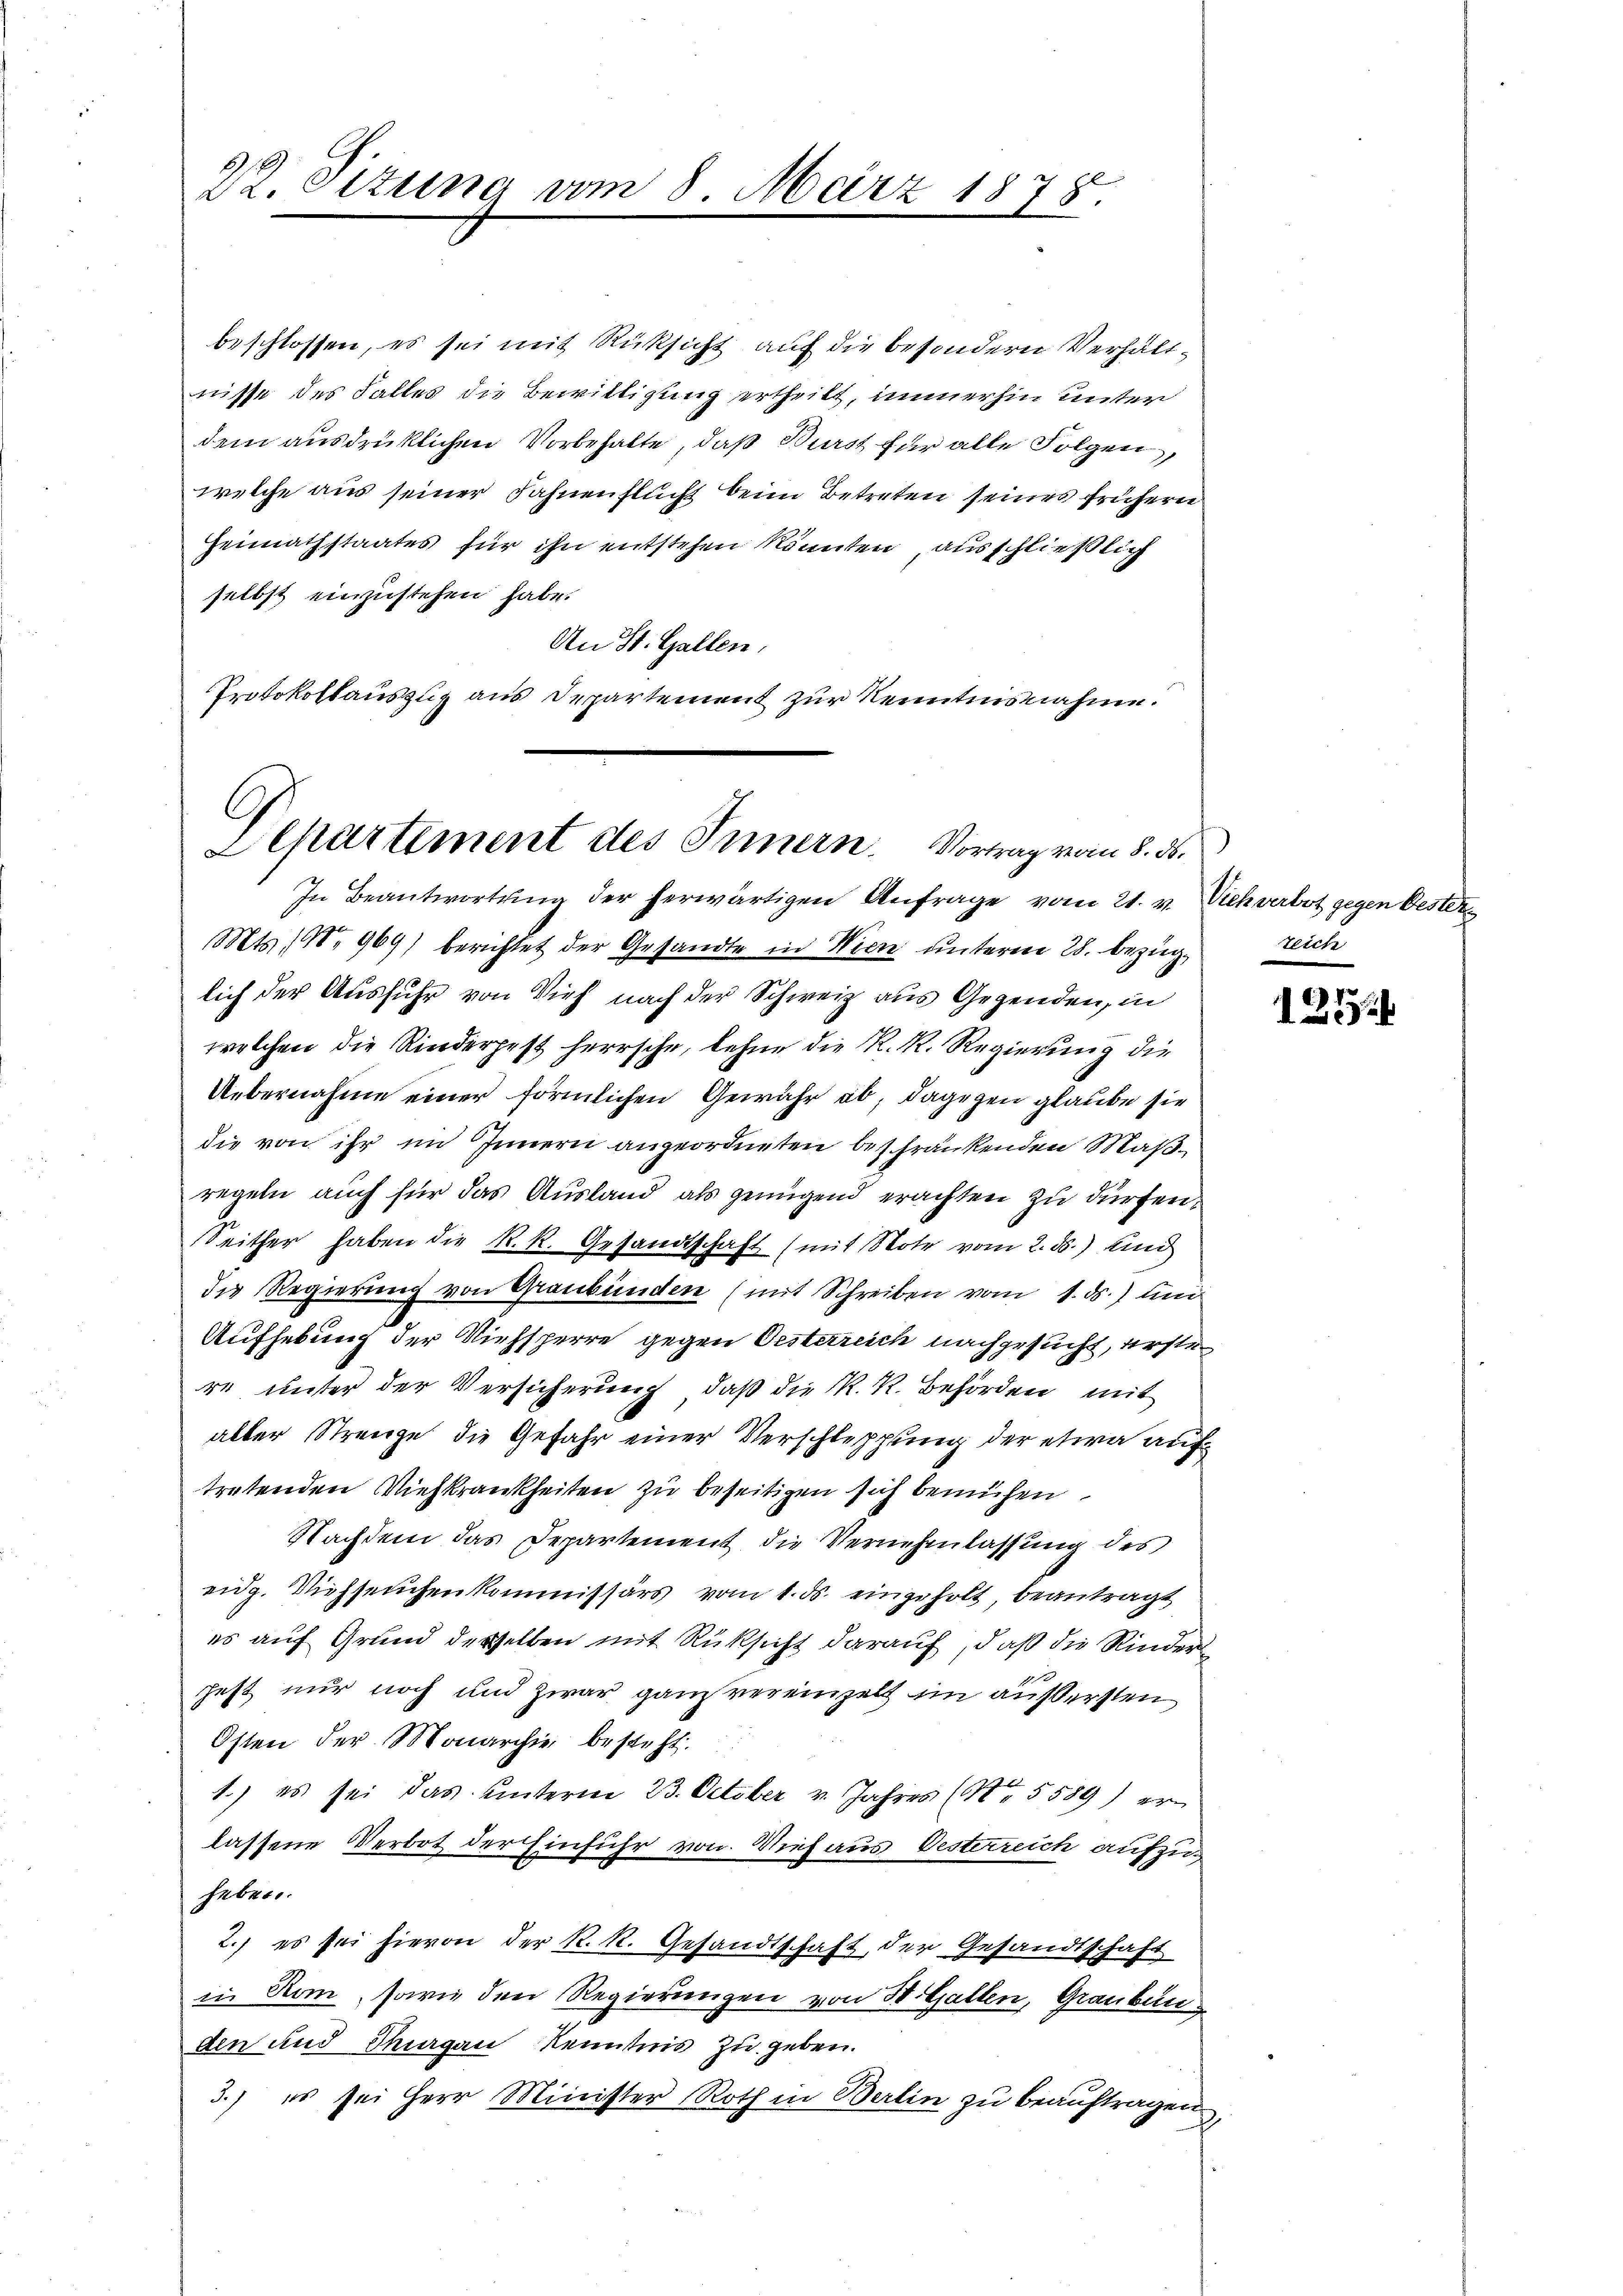
22. Sizung am 8. März 1878.

beschlossen, es sei mit Rücksicht auf die besondern Verhältnisse des Falles die Bewilligung ertheilt, immerhin unter
dem ausdrücklichen Vorbehalte, daß Burst für alle Folgen
welche aus seiner Fahnenflucht beim Betreten seines frühern
Heimathstaates für ihn entstehen könnten ausschließlich
selbst einzustehen habe.
An St. Gallen,
Protokollauszug aus Departement zur Kenntnisnahme.

Departement des Innern. Vortrag vom 8. ds.
In Beantwortŭng der herwärtigen Anfrage vom 21. v. Viehverbot gegen Oester¬

Mts. 190. 969) berichtet der Gesandte in Wien unterm 28. bezüglich der Ausfuhr von Vieh nach der Schweiz aus Gegenden, in
welchen die Kinderpest herrsche, lehne die R. R. Regierung die
Uebernahme einer förmlichen Gewähr ab, dagegen glaube sie
die von ihr im Innern angeordneten beschränkenden Maßregeln auch für das Ausland als genügend erachten zu dürfen.
Seither haben die R. R. Gesandtschaft (mit Note vom 2. ds.) ein
die Regierung von Graubünden (mit Schreiben vom 1. ds.) und
Aufhebung der Viehsperre gegen Oesterreich nachgesucht, erste
re unter der Versicherung, daß die K. K. Behörden, mit
alter Strenge die Gefahr einer Verschleppung der etwa auf
tretenden Viehkrankheiten zu beseitigen sich bemühen
Nachdem das Departement die Vernehmlassŭng des
eidg. Siehseuchenkommissärs vom 1. ds. eingeholt beantragt
es auf Grund derselben mit Rüksicht darauf, daß die Rinderfest nur noch und zwar ganz vereinzelt im äußersten
Osten der Monarchiv besteht.
1.) es sei das Unterm 23. October v. Jahres (S. 5589) er
lassene Verbot der Einführ von Vieh aus Oesterreich aufzuheben.
2.) es sei hievon der R. R. Gesandtschaft, der Gesandtschaft
in Rom, sowie den Regierungen von H. Gallen, Graubun
den und Thurgau Kenntnis zu geben.
3.) es sei Herr Minister Roth in Berlin zu beauftragen,

teich

1272